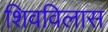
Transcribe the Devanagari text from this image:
शिवविलास